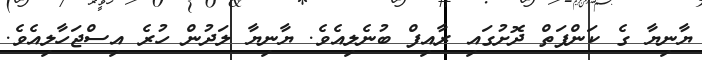
ޔާނިޔާ ގެ ކަންފަތް ދޮށުގައި ރާއިފް ބުނެލިއެވެ. ޔާނިޔާ ލަދުން ހުރެ އިސްޖަހާލިއެވެ.